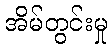
အိမ်တွင်းမှု